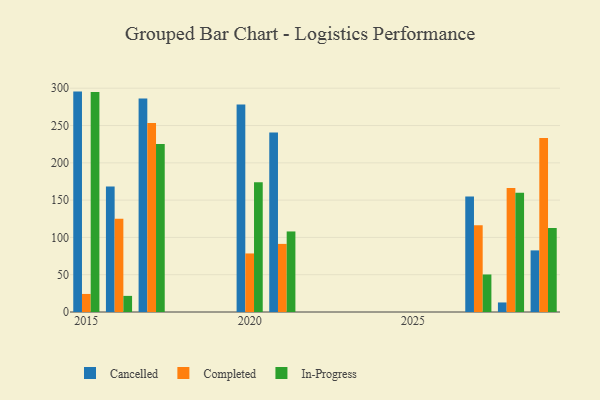
{"axis": {"x": "Year", "y": "Waste Production (Tons)"}, "legend": ["Cancelled", "Completed", "In-Progress"], "data": [{"x": "2028", "y": 12.8, "type": "Cancelled"}, {"x": "2028", "y": 166.1, "type": "Completed"}, {"x": "2028", "y": 159.9, "type": "In-Progress"}, {"x": "2016", "y": 168.1, "type": "Cancelled"}, {"x": "2016", "y": 125.0, "type": "Completed"}, {"x": "2016", "y": 21.6, "type": "In-Progress"}, {"x": "2027", "y": 155.0, "type": "Cancelled"}, {"x": "2027", "y": 116.4, "type": "Completed"}, {"x": "2027", "y": 50.3, "type": "In-Progress"}, {"x": "2020", "y": 278.3, "type": "Cancelled"}, {"x": "2020", "y": 78.5, "type": "Completed"}, {"x": "2020", "y": 173.8, "type": "In-Progress"}, {"x": "2015", "y": 295.5, "type": "Cancelled"}, {"x": "2015", "y": 24.2, "type": "Completed"}, {"x": "2015", "y": 295.1, "type": "In-Progress"}, {"x": "2021", "y": 240.5, "type": "Cancelled"}, {"x": "2021", "y": 91.3, "type": "Completed"}, {"x": "2021", "y": 108.0, "type": "In-Progress"}, {"x": "2017", "y": 286.2, "type": "Cancelled"}, {"x": "2017", "y": 253.4, "type": "Completed"}, {"x": "2017", "y": 225.1, "type": "In-Progress"}, {"x": "2029", "y": 82.6, "type": "Cancelled"}, {"x": "2029", "y": 233.3, "type": "Completed"}, {"x": "2029", "y": 112.6, "type": "In-Progress"}]}